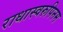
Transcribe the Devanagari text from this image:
राधास्वरुपिनम